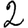
Digit: 2